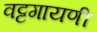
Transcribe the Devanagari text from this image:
वट्टगायणी